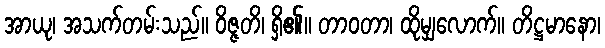
အာယု၊ အသက်တမ်းသည်။ ဝိဇ္ဇတိ၊ ရှိ၏။ တာဝတာ၊ ထိုမျှလောက်။ တိဋ္ဌမာနော၊